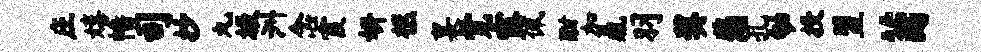
庄嬉幡司抄丸圾洲念霞妍柩襄觉露佩酣加鼎羽奖悲孔劬投盟茵